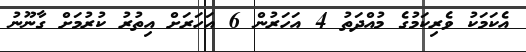
އެކަމަކު ވެރިކަމުގެ މުއްދަތު 4 އަހަރުން 6 އަހަރަށް އިތުރު ކުރުމަށް ގާނޫނު